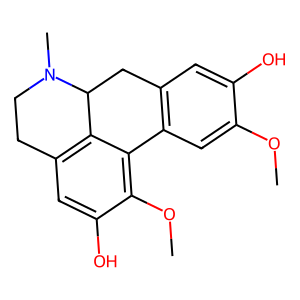
SMILES: COc1cc2c(cc1O)CC1c3c(cc(O)c(OC)c3-2)CCN1C
Inhibits HIV replication: No